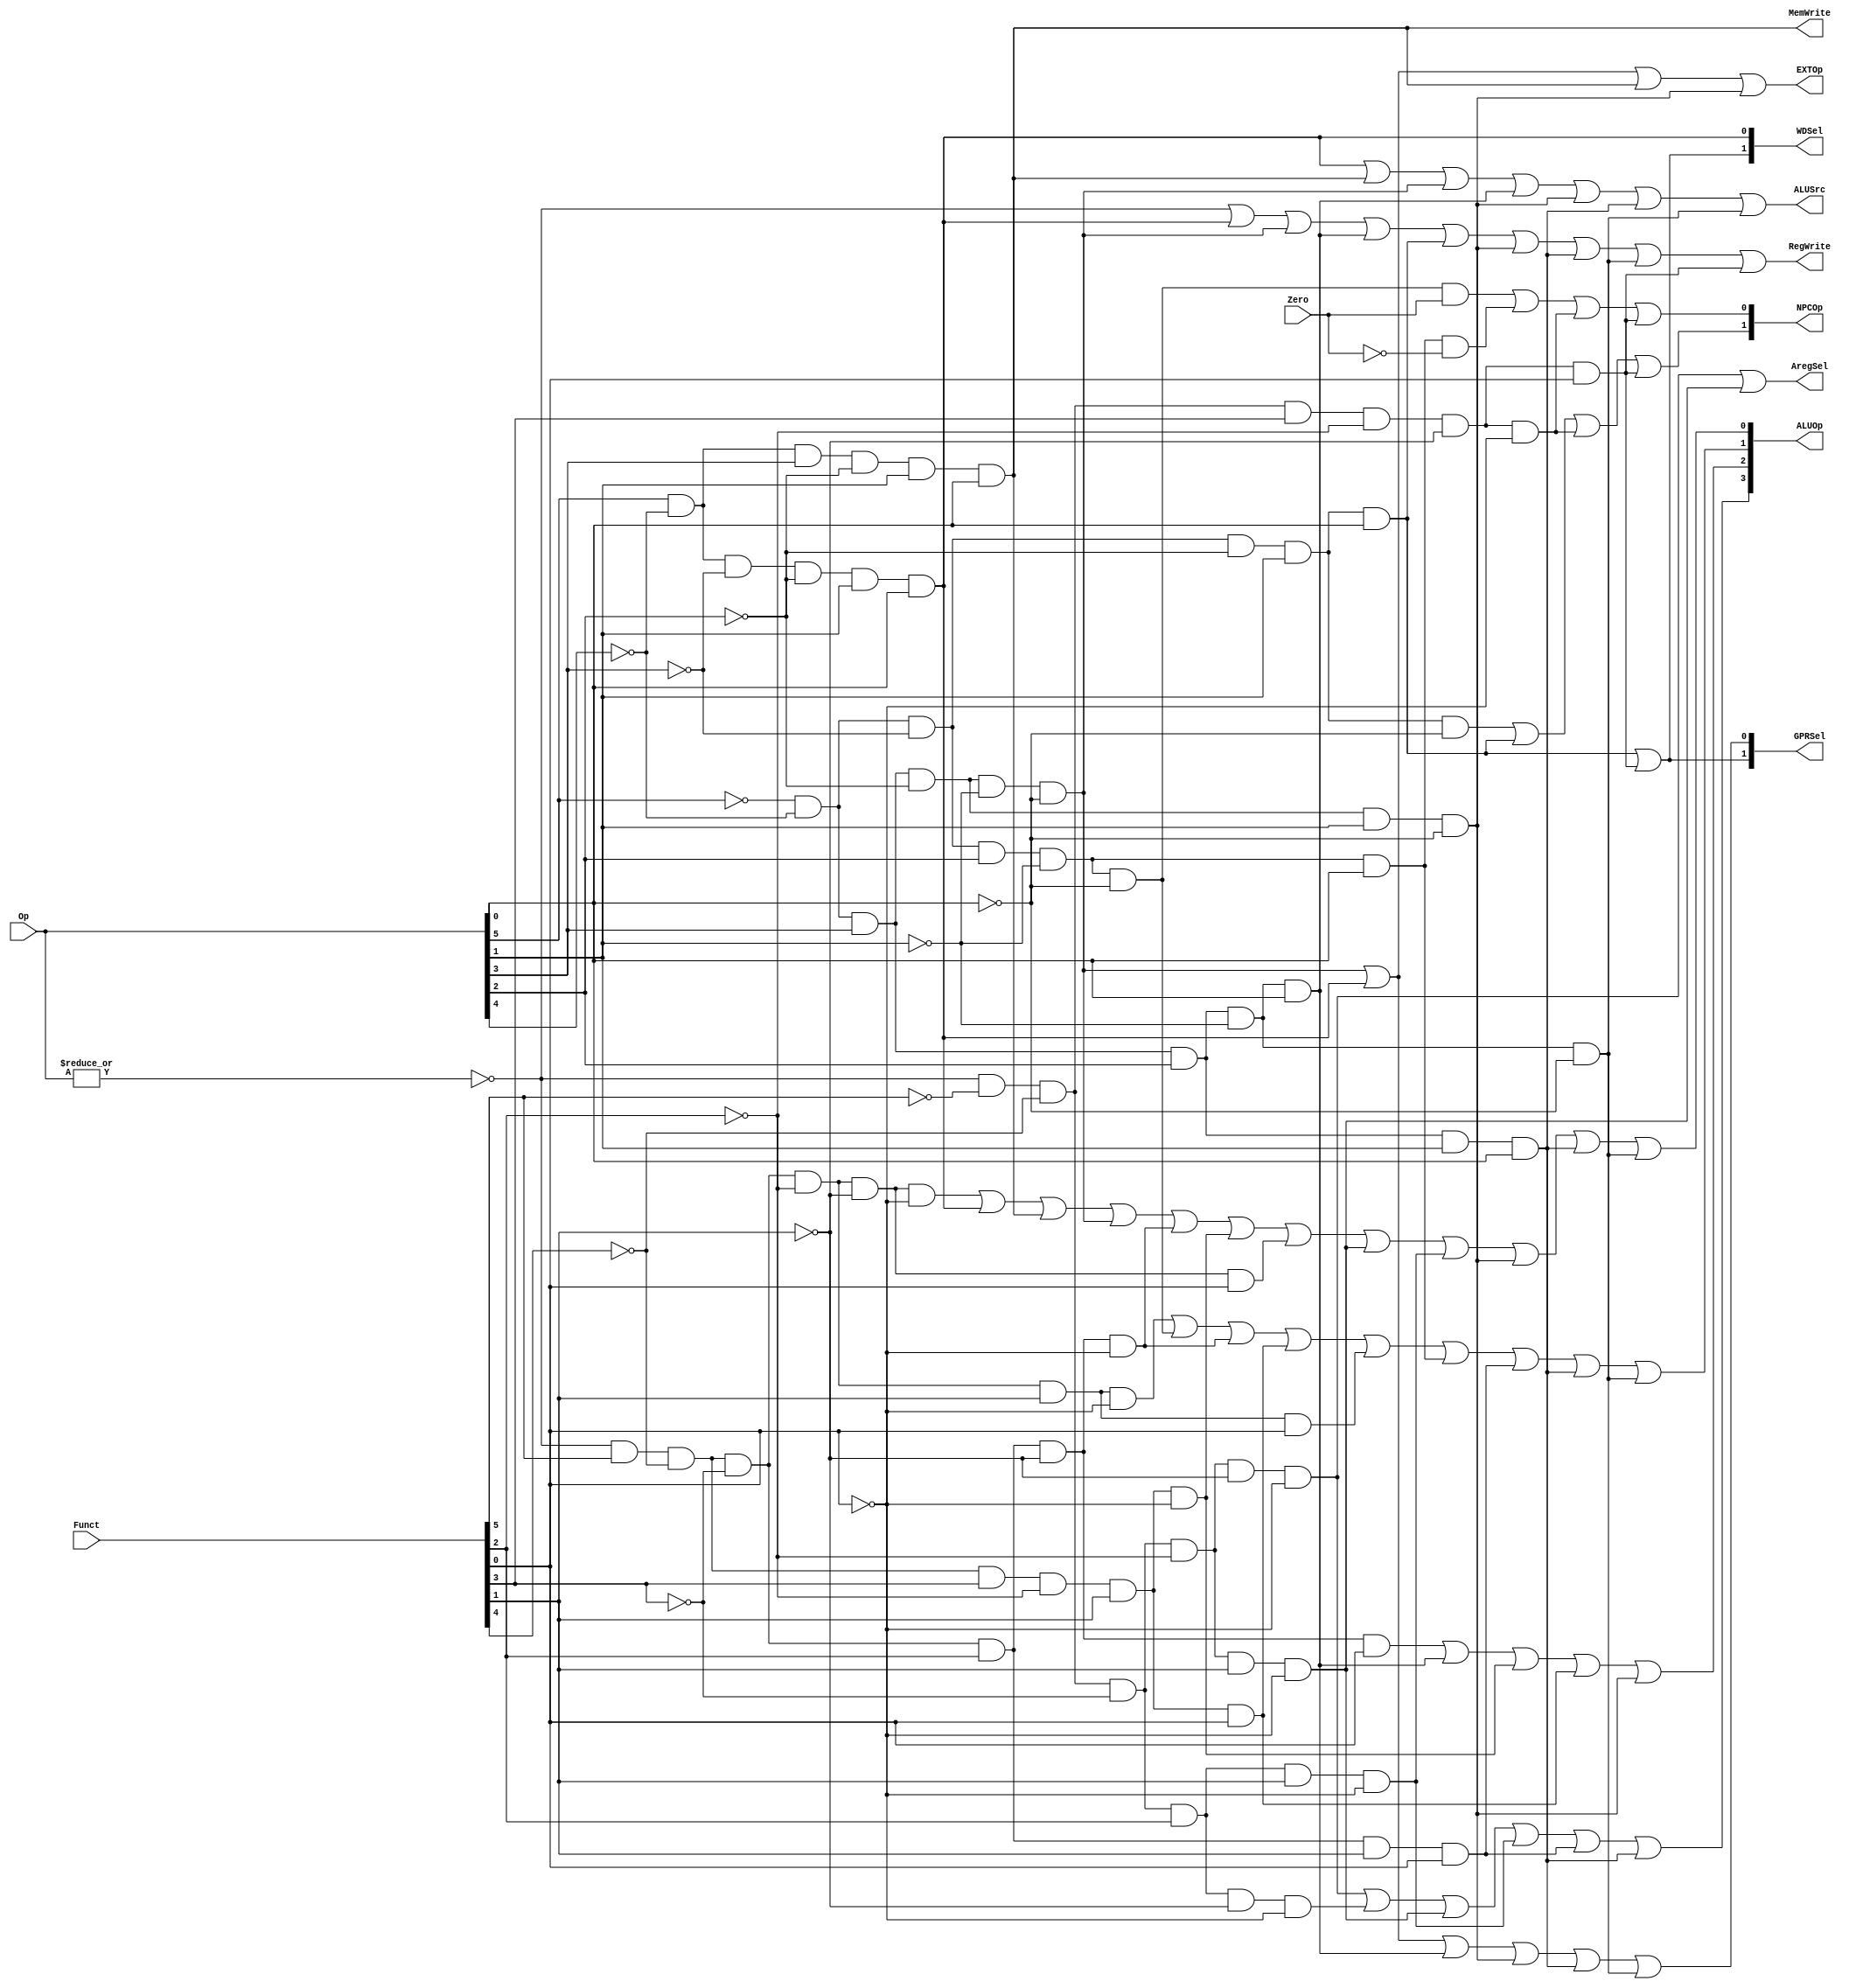
// `include "ctrl_encode_def.v"


module ctrl(Op, Funct, Zero, 
            RegWrite, MemWrite,
            EXTOp, ALUOp, NPCOp, 
            ALUSrc, GPRSel, WDSel,AregSel
            );
            
   input  [5:0] Op;       // opcode
   input  [5:0] Funct;    // funct
   input        Zero;
   
   output       RegWrite; // control signal for register write
   output       MemWrite; // control signal for memory write
   output       EXTOp;    // control signal to signed extension
   output [3:0] ALUOp;    // ALU opertion
   output [1:0] NPCOp;    // next pc operation
   output       ALUSrc;   // ALU source for A

   output [1:0] GPRSel;   // general purpose register selection
   output [1:0] WDSel;    // (register) write data selection
   output AregSel;
  // r format
   wire rtype  = ~|Op;
   wire i_add  = rtype& Funct[5]&~Funct[4]&~Funct[3]&~Funct[2]&~Funct[1]&~Funct[0]; // add
   wire i_sub  = rtype& Funct[5]&~Funct[4]&~Funct[3]&~Funct[2]& Funct[1]&~Funct[0]; // sub
   wire i_and  = rtype& Funct[5]&~Funct[4]&~Funct[3]& Funct[2]&~Funct[1]&~Funct[0]; // and
   wire i_or   = rtype& Funct[5]&~Funct[4]&~Funct[3]& Funct[2]&~Funct[1]& Funct[0]; // or
   wire i_slt  = rtype& Funct[5]&~Funct[4]& Funct[3]&~Funct[2]& Funct[1]&~Funct[0]; // slt
   wire i_sltu = rtype& Funct[5]&~Funct[4]& Funct[3]&~Funct[2]& Funct[1]& Funct[0]; // sltu
   wire i_addu = rtype& Funct[5]&~Funct[4]&~Funct[3]&~Funct[2]&~Funct[1]& Funct[0]; // addu
   wire i_subu = rtype& Funct[5]&~Funct[4]&~Funct[3]&~Funct[2]& Funct[1]& Funct[0]; // subu
   wire i_sll  = rtype&~Funct[5]&~Funct[4]&~Funct[3]&~Funct[2]&~Funct[1]&~Funct[0]; // sll
   wire i_sllv = rtype&~Funct[5]&~Funct[4]&~Funct[3]& Funct[2]&~Funct[1]&~Funct[0]; // sllv
   wire i_srl  = rtype&~Funct[5]&~Funct[4]&~Funct[3]&~Funct[2]& Funct[1]&~Funct[0]; // srlv
   wire i_srlv = rtype&~Funct[5]&~Funct[4]&~Funct[3]& Funct[2]& Funct[1]&~Funct[0]; // srlv
   wire i_nor  = rtype& Funct[5]&~Funct[4]&~Funct[3]& Funct[2]& Funct[1]& Funct[0]; // nor
   wire i_jr   = rtype&~Funct[5]&~Funct[4]& Funct[3]&~Funct[2]&~Funct[1]&~Funct[0]; // jr
   wire i_jalr = rtype&~Funct[5]&~Funct[4]& Funct[3]&~Funct[2]&~Funct[1]& Funct[0]; // jalr
  // i format
   wire i_addi = ~Op[5]&~Op[4]& Op[3]&~Op[2]&~Op[1]&~Op[0]; // addi
   wire i_ori  = ~Op[5]&~Op[4]& Op[3]& Op[2]&~Op[1]& Op[0]; // ori
   wire i_lw   =  Op[5]&~Op[4]&~Op[3]&~Op[2]& Op[1]& Op[0]; // lw
   wire i_sw   =  Op[5]&~Op[4]& Op[3]&~Op[2]& Op[1]& Op[0]; // sw
   wire i_beq  = ~Op[5]&~Op[4]&~Op[3]& Op[2]&~Op[1]&~Op[0]; // beq
   wire i_bne  = ~Op[5]&~Op[4]&~Op[3]& Op[2]&~Op[1]& Op[0]; // bne
   wire i_slti = ~Op[5]&~Op[4]& Op[3]&~Op[2]& Op[1]&~Op[0]; // slti
   wire i_lui  = ~Op[5]&~Op[4]& Op[3]& Op[2]& Op[1]& Op[0]; // lui
   wire i_andi = ~Op[5]&~Op[4]& Op[3]& Op[2]&~Op[1]&~Op[0]; // andi
  // j format
   wire i_j    = ~Op[5]&~Op[4]&~Op[3]&~Op[2]& Op[1]&~Op[0];  // j
   wire i_jal  = ~Op[5]&~Op[4]&~Op[3]&~Op[2]& Op[1]& Op[0];  // jal

  // generate control signals
  assign RegWrite   = rtype | i_lw | i_addi | i_ori | i_jal | i_slti | i_lui | i_andi | i_jalr; // register write
  
  assign MemWrite   = i_sw;                           // memory write
  assign ALUSrc     = i_lw | i_sw | i_addi | i_ori | i_slti | i_lui | i_andi;   // ALU B is from instruction immediate
  assign EXTOp      = i_addi | i_lw | i_sw | i_slti;           // signed extension
  assign AregSel    = i_sll | i_srl;
  
  
  // GPRSel_RD   2'b00
  // GPRSel_RT   2'b01
  // GPRSel_31   2'b10
  assign GPRSel[0] = i_lw | i_addi | i_ori | i_slti | i_lui | i_andi;
  assign GPRSel[1] = i_jal| i_jalr;
  
  // WDSel_FromALU 2'b00
  // WDSel_FromMEM 2'b01
  // WDSel_FromPC  2'b10 
  assign WDSel[0] = i_lw;
  assign WDSel[1] = i_jal | i_jalr;

  // NPC_PLUS4   2'b00
  // NPC_BRANCH  2'b01
  // NPC_JUMP    2'b10
  // NPC_JR      2'b11
  assign NPCOp[0] = (i_beq & Zero)|(i_bne &~ Zero) | i_jr | i_jalr;
  assign NPCOp[1] = i_j | i_jal | i_jr | i_jalr;
  
  // ALU_NOP   4'b0000
  // ALU_ADD   4'b0001
  // ALU_SUB   4'b0010
  // ALU_AND   4'b0011
  // ALU_OR    4'b0100
  // ALU_SLT   4'b0101
  // ALU_SLTU  4'b0110
  // ALU_SLL   4'b1000
  // ALU_SRL   4'b1001
  // ALU_NOR   4'b1010
  // ALU_LUI   4'b1011
  assign ALUOp[0] = i_add | i_lw | i_sw | i_addi | i_and | i_slt | i_addu | i_srl | i_srlv | i_slti | i_lui | i_andi;
  assign ALUOp[1] = i_sub | i_beq | i_and | i_sltu | i_subu | i_bne | i_nor | i_lui | i_andi;
  assign ALUOp[2] = i_or | i_ori | i_slt | i_sltu | i_slti;
  assign ALUOp[3]=  i_sll | i_sllv | i_srl | i_srlv | i_nor | i_lui ;
endmodule